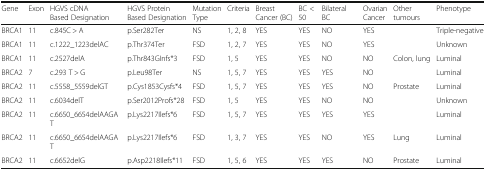
<table><thead><tr><td><b>Gene</b></td><td><b>Exon</b></td><td><b>HGVS cDNA Based Designation</b></td><td><b>HGVS Protein Based Designation</b></td><td><b>Mutation Type</b></td><td><b>Criteria</b></td><td><b>Breast Cancer (BC)</b></td><td><b>BC &lt; 50</b></td><td><b>Bilateral BC</b></td><td><b>Ovarian Cancer</b></td><td><b>Other tumours</b></td><td><b>Phenotype</b></td></tr></thead><tbody><tr><td>BRCA1</td><td>11</td><td>c.845C &gt; A</td><td>p.Ser282Ter</td><td>NS</td><td>1, 2, 8</td><td>YES</td><td>YES</td><td>NO</td><td>YES</td><td></td><td>Triple-negative</td></tr><tr><td>BRCA1</td><td>11</td><td>c.1222_1223delAC</td><td>p.Thr374Ter</td><td>FSD</td><td>1, 2, 7</td><td>YES</td><td>YES</td><td>NO</td><td>YES</td><td></td><td>Unknown</td></tr><tr><td>BRCA1</td><td>11</td><td>c.2527delA</td><td>p.Thr843GInfs*3</td><td>FSD</td><td>1, 5</td><td>YES</td><td>YES</td><td>NO</td><td>NO</td><td>Colon, lung</td><td>Luminal</td></tr><tr><td>BRCA2</td><td>7</td><td>c.293 T &gt; G</td><td>p.Leu98Ter</td><td>NS</td><td>1, 5, 7</td><td>YES</td><td>YES</td><td>YES</td><td>NO</td><td></td><td>Luminal</td></tr><tr><td>BRCA2</td><td>11</td><td>c.5558_5559delGT</td><td>p.Cys1853Cysfs*4</td><td>FSD</td><td>1, 5, 7</td><td>YES</td><td>YES</td><td>YES</td><td>NO</td><td>Prostate</td><td>Luminal</td></tr><tr><td>BRCA2</td><td>11</td><td>c.6034delT</td><td>p.Ser2012Profs*28</td><td>FSD</td><td>1, 5</td><td>YES</td><td>YES</td><td>NO</td><td>NO</td><td></td><td>Unknown</td></tr><tr><td>BRCA2</td><td>11</td><td>c.6650_6654delAAGAT</td><td>p.Lys2217Ilefs*6</td><td>FSD</td><td>1, 5, 7</td><td>YES</td><td>YES</td><td>YES</td><td>YES</td><td></td><td>Luminal</td></tr><tr><td>BRCA2</td><td>11</td><td>c.6650_6654delAAGAT</td><td>p.Lys2217Ilefs*6</td><td>FSD</td><td>1, 3, 7</td><td>YES</td><td>YES</td><td>NO</td><td>YES</td><td>Lung</td><td>Luminal</td></tr><tr><td>BRCA2</td><td>11</td><td>c.6652delG</td><td>p.Asp2218Ilefs*11</td><td>FSD</td><td>1, 5, 6</td><td>YES</td><td>YES</td><td>YES</td><td>NO</td><td>Prostate</td><td>Luminal</td></tr></tbody></table>